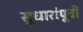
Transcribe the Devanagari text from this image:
सुधारांपूर्वी